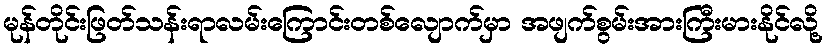
မုန်တိုင်းဖြတ်သန်းရာလမ်းကြောင်းတစ်လျောက်မှာ အဖျက်စွမ်းအားကြီးမားနိုင်လို့